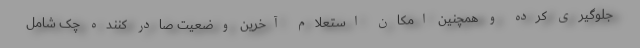
جلوگیری کرده و همچنین امکان استعلام آخرین وضعیت صادر کننده چک شامل